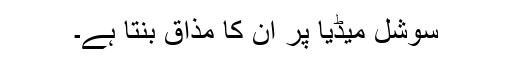
سوشل میڈیا پر ان کا مذاق بنتا ہے۔